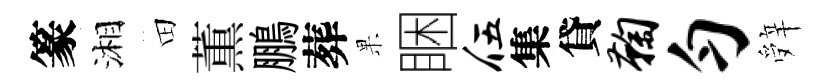
篆湘田薫鵬葬果睏伍集貸鞠匀辤